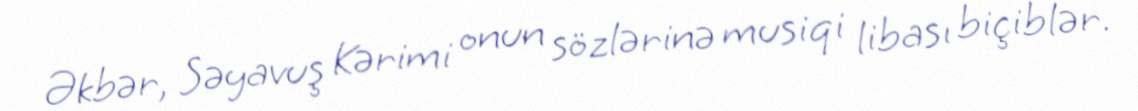
Əkbər, Səyavuş Kərimi onun sözlərinə musiqi libası biçiblər.